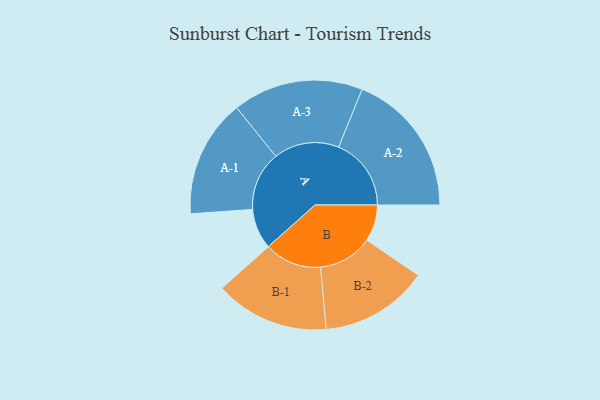
{"axis": {"x": "Segment", "y": "Value"}, "legend": ["", "A", "B"], "data": [{"x": "A", "y": 149, "type": ""}, {"x": "B", "y": 135, "type": ""}, {"x": "A-1", "y": 218, "type": "A"}, {"x": "A-2", "y": 268, "type": "A"}, {"x": "A-3", "y": 241, "type": "A"}, {"x": "B-1", "y": 211, "type": "B"}, {"x": "B-2", "y": 200, "type": "B"}]}